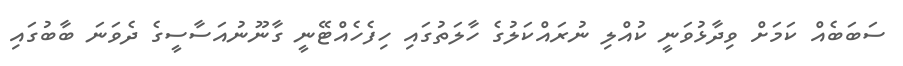
ސަބަބެއް ކަމަށް ވިދާޅުވަނީ ކުއްލި ނުރައްކަލުގެ ހާލަތުގައި ހިފެހެއްޓޭނީ ގާނޫނުއަސާސީގެ ދެވަނަ ބާބުގައި